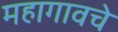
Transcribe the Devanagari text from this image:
महागावचे